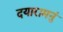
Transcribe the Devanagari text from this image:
दयारामनुं